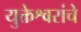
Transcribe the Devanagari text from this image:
युक्तेश्वरांचे